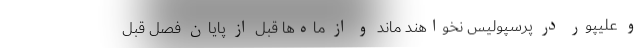
و علیپور در پرسپولیس نخواهند ماند و از ماه‌ها قبل از پایان فصل قبل